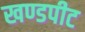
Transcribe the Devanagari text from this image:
खण्डपीट